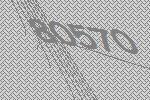
80570